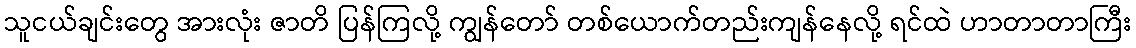
သူငယ်ချင်းတွေ အားလုံး ဇာတိ ပြန်ကြလို့ ကျွန်တော် တစ်ယောက်တည်းကျန်နေလို့ ရင်ထဲ ဟာတာတာကြီး